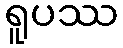
ရူပဿ